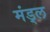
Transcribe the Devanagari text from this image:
मंड्ल